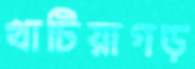
খাটিয়াগড়